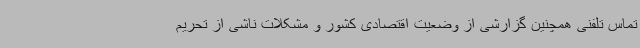
تماس تلفنی همچنین گزارشی از وضعیت اقتصادی کشور و مشکلات ناشی از تحریم